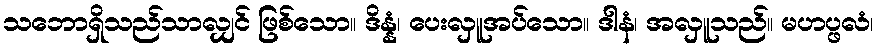
သဘောရှိသည်သာလျှင် ဖြစ်သော။ ဒိန္နံ၊ ပေးလှူအပ်သော။ ဒါနံ၊ အလှူသည်။ မဟပ္ဖလံ၊